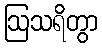
ဩသရိတွာ